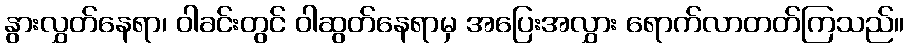
နွားလွှတ်နေရာ၊ ဝါခင်းတွင် ဝါဆွတ်နေရာမှ အပြေးအလွှား ရောက်လာတတ်ကြသည်။